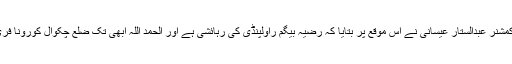
ڈپٹی کمشنر عبدالستار عیسانی نے اس موقع پر بتایا کہ رضیہ بیگم راولپنڈی کی رہائشی ہے اور الحمد اللہ ابھی تک ضلع چکوال کورونا فری ہے۔